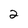
Character: 2